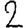
Digit: 2